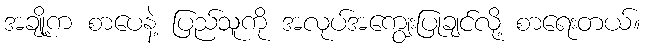
အချို့က စာပေနဲ့ ပြည်သူကို အလုပ်အကျွေးပြုချင်လို့ စာရေးတယ်။